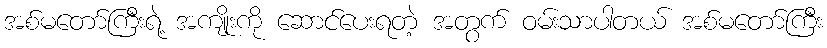
အစ်မတော်ကြီးရဲ့ အကျိုးကို ဆောင်ပေးရတဲ့ အတွက် ဝမ်းသာပါတယ် အစ်မတော်ကြီး